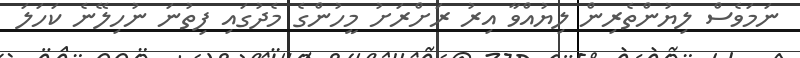
ނަމަވެސް ލިޔުންތެރިން ލިޔުއްވާ އިރު ރަށްރަށު މީހުންގެ މެދުގައި ފިތުނަ ނުހިލޭނެ ކަހަލަ